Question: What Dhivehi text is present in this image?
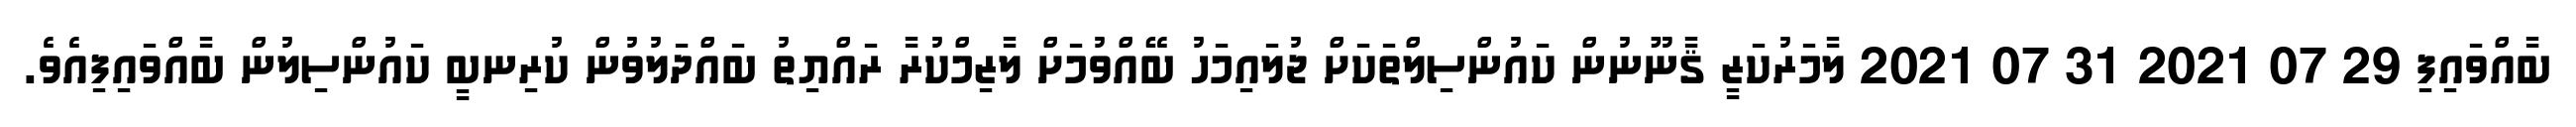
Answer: ބާއްވައިފި 29 07 2021 31 07 2021 ލާމަރުކަޒީ ޤާނޫނުން ކައުންސިލްތަކަށް ޖުލައިމަހު ބޭއްވުމަށް ލާޒިމްކުރާ ރައްޔިތު ބައްދަލުވުން ކުރިނބީ ކައުންސިލުން ބާއްވައިފިއެވެ.